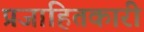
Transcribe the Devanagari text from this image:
प्रजाहितकारी